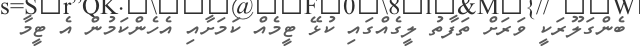
ބެންގަލޫރަކީ ވަރަށް ތަފާތު ލީގެއްގައި ކުޅޭ ޓީމެއް ކަމަށާއި އެހެންކަމުން އެ ޓީމާ